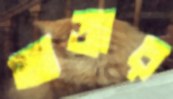
আত্তার